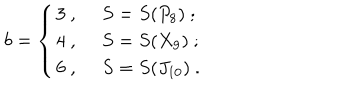
LaTeX: b = \left\{ \begin{array} { l l } { { 3 \ , \ } } & { { S = S ( P _ { 8 } ) \ ; } } \\ { { 4 \ , \ } } & { { S = S ( X _ { 9 } ) \ ; } } \\ { { 6 \ , \ } } & { { S = S ( J _ { 1 0 } ) \ . } } \\ \end{array} \right.